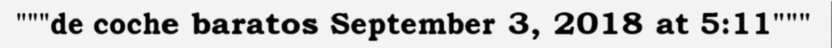
"""de coche baratos September 3, 2018 at 5:11"""